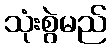
သုံးစွဲမည်